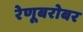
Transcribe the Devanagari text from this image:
रेणूबरोबर